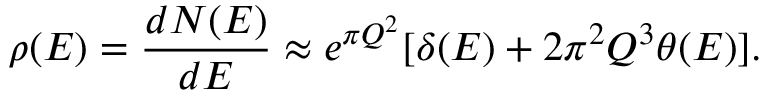
\rho ( E ) = { \frac { d N ( E ) } { d E } } \approx e ^ { \pi Q ^ { 2 } } [ \delta ( E ) + 2 \pi ^ { 2 } Q ^ { 3 } \theta ( E ) ] .